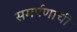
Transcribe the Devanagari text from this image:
समर्पणाची